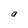
Character: a